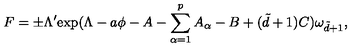
F = \pm \Lambda ^ { \prime } \mathrm { e x p } ( \Lambda - a \phi - A - \sum _ { \alpha = 1 } ^ { p } A _ { \alpha } - B + ( \tilde { d } + 1 ) C ) \omega _ { \tilde { d } + 1 } ,